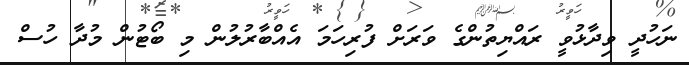
ނަހުދީ ވިދާޅުވީ ރައްޔިތުންގެ ވަރަށް ފުރިހަމަ އެއްބާރުލުން މި ބޯޓުން މުދާ ހުސް